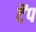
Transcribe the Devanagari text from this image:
टेंप